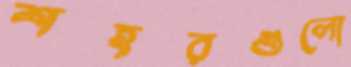
শহরগুলো